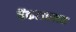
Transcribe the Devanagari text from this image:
वेंकटाचलम